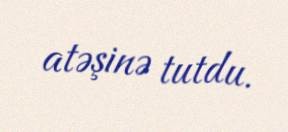
atəşinə tutdu.